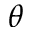
\theta